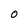
Character: O